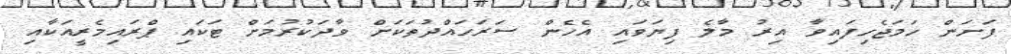
ފަށަން ހަމަޖެހިފައިވާ އިރު މާލެ ފިޔަވައި އެހެން ސަރަހައްދުތަކަށް ވާދަކުރުމަށް ޓަކައި ޕްރައިމެރީއަކާއި